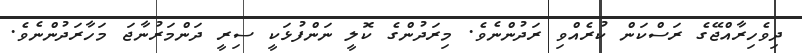
ދިވެހިރާއްޖޭގެ ރަސްކަން ކުރެއްވި ރަދުންނެވެ. މިރަދުންގެ ކޮލީ ނަންފުޅަކީ ސިރީ ދަންމަރުނާޖަ މަހާރަދުންނެވެ.